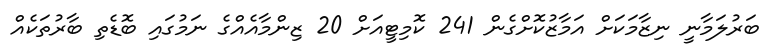
ބަރުލަމާނީ ނިޒާމަކަށް އަމާޒުކޮށްގެން 241 ކޮމިޓީއަށް 20 ޒިންމާއެއްގެ ނަމުގައި ބޮޑެތި ބާރުތަކެއް